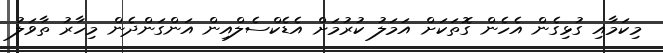
މިކަމާއި ގުޅިގެން އެހެން ގޮތަކަށް އަމަލު ކުރުމަށް އެޑެކްސެލްއިން އަންގަންދެން މިހާރު ތާވަލު